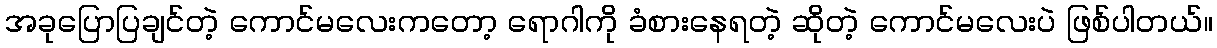
အခုပြောပြချင်တဲ့ ကောင်မလေးကတော့ ရောဂါကို ခံစားနေရတဲ့ ဆိုတဲ့ ကောင်မလေးပဲ ဖြစ်ပါတယ်။